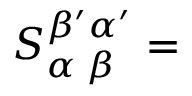
S _ { \alpha \; \beta } ^ { \beta ^ { \prime } \alpha ^ { \prime } } =